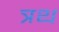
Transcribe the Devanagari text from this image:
त्रथ